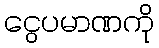
ငွေပမာဏကို